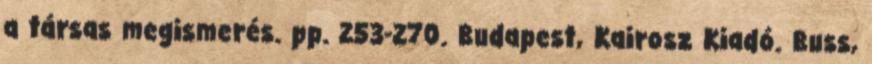
a társas megismerés. pp. 253-270. Budapest, Kairosz Kiadó. Buss,